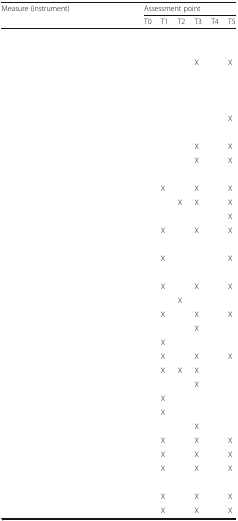
<table><thead><tr><td rowspan="2"><b>Measure (instrument)</b></td><td colspan="6"><b>Assessment point</b></td></tr><tr><td><b>T0</b></td><td><b>T1</b></td><td><b>T2</b></td><td><b>T3</b></td><td><b>T4</b></td><td><b>T5</b></td></tr></thead><tbody><tr><td colspan="7">[EMPTY_CELL]</td></tr><tr><td>[EMPTY_CELL]</td><td>[EMPTY_CELL]</td><td>[EMPTY_CELL]</td><td>[EMPTY_CELL]</td><td>[EMPTY_CELL]</td><td>[EMPTY_CELL]</td><td>[EMPTY_CELL]</td></tr><tr><td>[EMPTY_CELL]</td><td>[EMPTY_CELL]</td><td>[EMPTY_CELL]</td><td>[EMPTY_CELL]</td><td>X</td><td>[EMPTY_CELL]</td><td>X</td></tr><tr><td>[EMPTY_CELL]</td><td>[EMPTY_CELL]</td><td>[EMPTY_CELL]</td><td>[EMPTY_CELL]</td><td>[EMPTY_CELL]</td><td>[EMPTY_CELL]</td><td>[EMPTY_CELL]</td></tr><tr><td>[EMPTY_CELL]</td><td>[EMPTY_CELL]</td><td>[EMPTY_CELL]</td><td>[EMPTY_CELL]</td><td>[EMPTY_CELL]</td><td>[EMPTY_CELL]</td><td>[EMPTY_CELL]</td></tr><tr><td>[EMPTY_CELL]</td><td>[EMPTY_CELL]</td><td>[EMPTY_CELL]</td><td>[EMPTY_CELL]</td><td>[EMPTY_CELL]</td><td>[EMPTY_CELL]</td><td>[EMPTY_CELL]</td></tr><tr><td>[EMPTY_CELL]</td><td>[EMPTY_CELL]</td><td>[EMPTY_CELL]</td><td>[EMPTY_CELL]</td><td>[EMPTY_CELL]</td><td>[EMPTY_CELL]</td><td>X</td></tr><tr><td colspan="7">[EMPTY_CELL]</td></tr><tr><td>[EMPTY_CELL]</td><td>[EMPTY_CELL]</td><td>[EMPTY_CELL]</td><td>[EMPTY_CELL]</td><td>X</td><td>[EMPTY_CELL]</td><td>X</td></tr><tr><td>[EMPTY_CELL]</td><td>[EMPTY_CELL]</td><td>[EMPTY_CELL]</td><td>[EMPTY_CELL]</td><td>X</td><td>[EMPTY_CELL]</td><td>X</td></tr><tr><td colspan="7">[EMPTY_CELL]</td></tr><tr><td>[EMPTY_CELL]</td><td>[EMPTY_CELL]</td><td>X</td><td>[EMPTY_CELL]</td><td>X</td><td>[EMPTY_CELL]</td><td>X</td></tr><tr><td>[EMPTY_CELL]</td><td>[EMPTY_CELL]</td><td>[EMPTY_CELL]</td><td>X</td><td>X</td><td>[EMPTY_CELL]</td><td>X</td></tr><tr><td>[EMPTY_CELL]</td><td>[EMPTY_CELL]</td><td>[EMPTY_CELL]</td><td>[EMPTY_CELL]</td><td>[EMPTY_CELL]</td><td>[EMPTY_CELL]</td><td>X</td></tr><tr><td>[EMPTY_CELL]</td><td>[EMPTY_CELL]</td><td>X</td><td>[EMPTY_CELL]</td><td>X</td><td>[EMPTY_CELL]</td><td>X</td></tr><tr><td colspan="7">[EMPTY_CELL]</td></tr><tr><td>[EMPTY_CELL]</td><td>[EMPTY_CELL]</td><td>X</td><td>[EMPTY_CELL]</td><td>[EMPTY_CELL]</td><td>[EMPTY_CELL]</td><td>X</td></tr><tr><td colspan="7">[EMPTY_CELL]</td></tr><tr><td>[EMPTY_CELL]</td><td>[EMPTY_CELL]</td><td>X</td><td>[EMPTY_CELL]</td><td>X</td><td>[EMPTY_CELL]</td><td>X</td></tr><tr><td>[EMPTY_CELL]</td><td>[EMPTY_CELL]</td><td>[EMPTY_CELL]</td><td>X</td><td>[EMPTY_CELL]</td><td>[EMPTY_CELL]</td><td>[EMPTY_CELL]</td></tr><tr><td>[EMPTY_CELL]</td><td>[EMPTY_CELL]</td><td>X</td><td>[EMPTY_CELL]</td><td>X</td><td>[EMPTY_CELL]</td><td>X</td></tr><tr><td>[EMPTY_CELL]</td><td>[EMPTY_CELL]</td><td>[EMPTY_CELL]</td><td>[EMPTY_CELL]</td><td>X</td><td>[EMPTY_CELL]</td><td>[EMPTY_CELL]</td></tr><tr><td>[EMPTY_CELL]</td><td>[EMPTY_CELL]</td><td>X</td><td>[EMPTY_CELL]</td><td>[EMPTY_CELL]</td><td>[EMPTY_CELL]</td><td>[EMPTY_CELL]</td></tr><tr><td>[EMPTY_CELL]</td><td>[EMPTY_CELL]</td><td>X</td><td>[EMPTY_CELL]</td><td>X</td><td>[EMPTY_CELL]</td><td>X</td></tr><tr><td>[EMPTY_CELL]</td><td>[EMPTY_CELL]</td><td>X</td><td>X</td><td>X</td><td>[EMPTY_CELL]</td><td>[EMPTY_CELL]</td></tr><tr><td>[EMPTY_CELL]</td><td>[EMPTY_CELL]</td><td>[EMPTY_CELL]</td><td>[EMPTY_CELL]</td><td>X</td><td>[EMPTY_CELL]</td><td>[EMPTY_CELL]</td></tr><tr><td>[EMPTY_CELL]</td><td>[EMPTY_CELL]</td><td>X</td><td>[EMPTY_CELL]</td><td>[EMPTY_CELL]</td><td>[EMPTY_CELL]</td><td>[EMPTY_CELL]</td></tr><tr><td>[EMPTY_CELL]</td><td>[EMPTY_CELL]</td><td>X</td><td>[EMPTY_CELL]</td><td>[EMPTY_CELL]</td><td>[EMPTY_CELL]</td><td>[EMPTY_CELL]</td></tr><tr><td>[EMPTY_CELL]</td><td>[EMPTY_CELL]</td><td>[EMPTY_CELL]</td><td>[EMPTY_CELL]</td><td>X</td><td>[EMPTY_CELL]</td><td>[EMPTY_CELL]</td></tr><tr><td>[EMPTY_CELL]</td><td>[EMPTY_CELL]</td><td>X</td><td>[EMPTY_CELL]</td><td>X</td><td>[EMPTY_CELL]</td><td>X</td></tr><tr><td>[EMPTY_CELL]</td><td>[EMPTY_CELL]</td><td>X</td><td>[EMPTY_CELL]</td><td>X</td><td>[EMPTY_CELL]</td><td>X</td></tr><tr><td>[EMPTY_CELL]</td><td>[EMPTY_CELL]</td><td>X</td><td>[EMPTY_CELL]</td><td>X</td><td>[EMPTY_CELL]</td><td>X</td></tr><tr><td>[EMPTY_CELL]</td><td>[EMPTY_CELL]</td><td>[EMPTY_CELL]</td><td>[EMPTY_CELL]</td><td>[EMPTY_CELL]</td><td>[EMPTY_CELL]</td><td>[EMPTY_CELL]</td></tr><tr><td>[EMPTY_CELL]</td><td>[EMPTY_CELL]</td><td>X</td><td>[EMPTY_CELL]</td><td>X</td><td>[EMPTY_CELL]</td><td>X</td></tr><tr><td>[EMPTY_CELL]</td><td>[EMPTY_CELL]</td><td>X</td><td>[EMPTY_CELL]</td><td>X</td><td>[EMPTY_CELL]</td><td>X</td></tr></tbody></table>